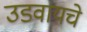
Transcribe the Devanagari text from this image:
उडवायचे